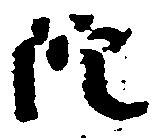
院